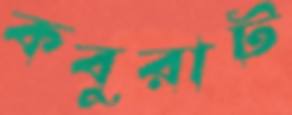
কবুরাট